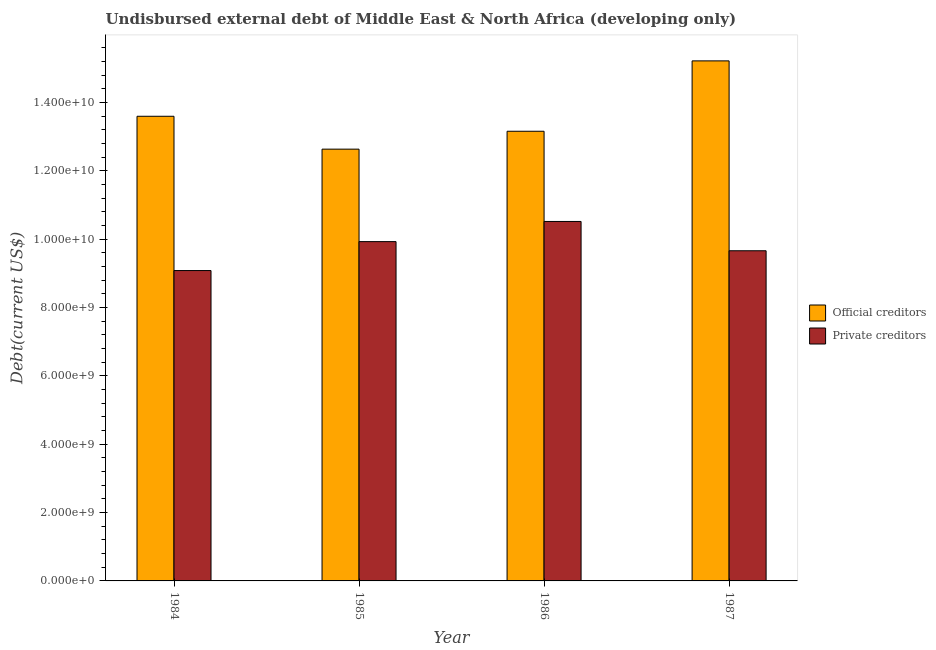
| Year | Official creditors | Private creditors |
 | --- | --- | --- |
 | 1984 | 1.36e+10 | 9.08e+09 |
 | 1985 | 1.26e+10 | 9.93e+09 |
 | 1986 | 1.32e+10 | 1.05e+10 |
 | 1987 | 1.52e+10 | 9.66e+09 |